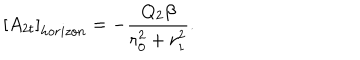
\left[ A _ { 2 t } \right] _ { h o r i z o n } = - \frac { Q _ { 2 } \beta } { r _ { 0 } ^ { 2 } + r _ { 1 } ^ { 2 } } .